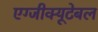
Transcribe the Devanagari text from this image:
एग्जीक्यूटेबल